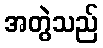
အတွဲသည်